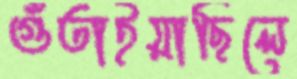
গুঁতাইয়াছিলে